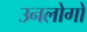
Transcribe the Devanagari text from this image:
उनलोगो